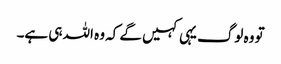
تو وہ لوگ یہی کہیں گے کہ وہ اللہ ہی ہے۔